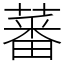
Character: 蕃